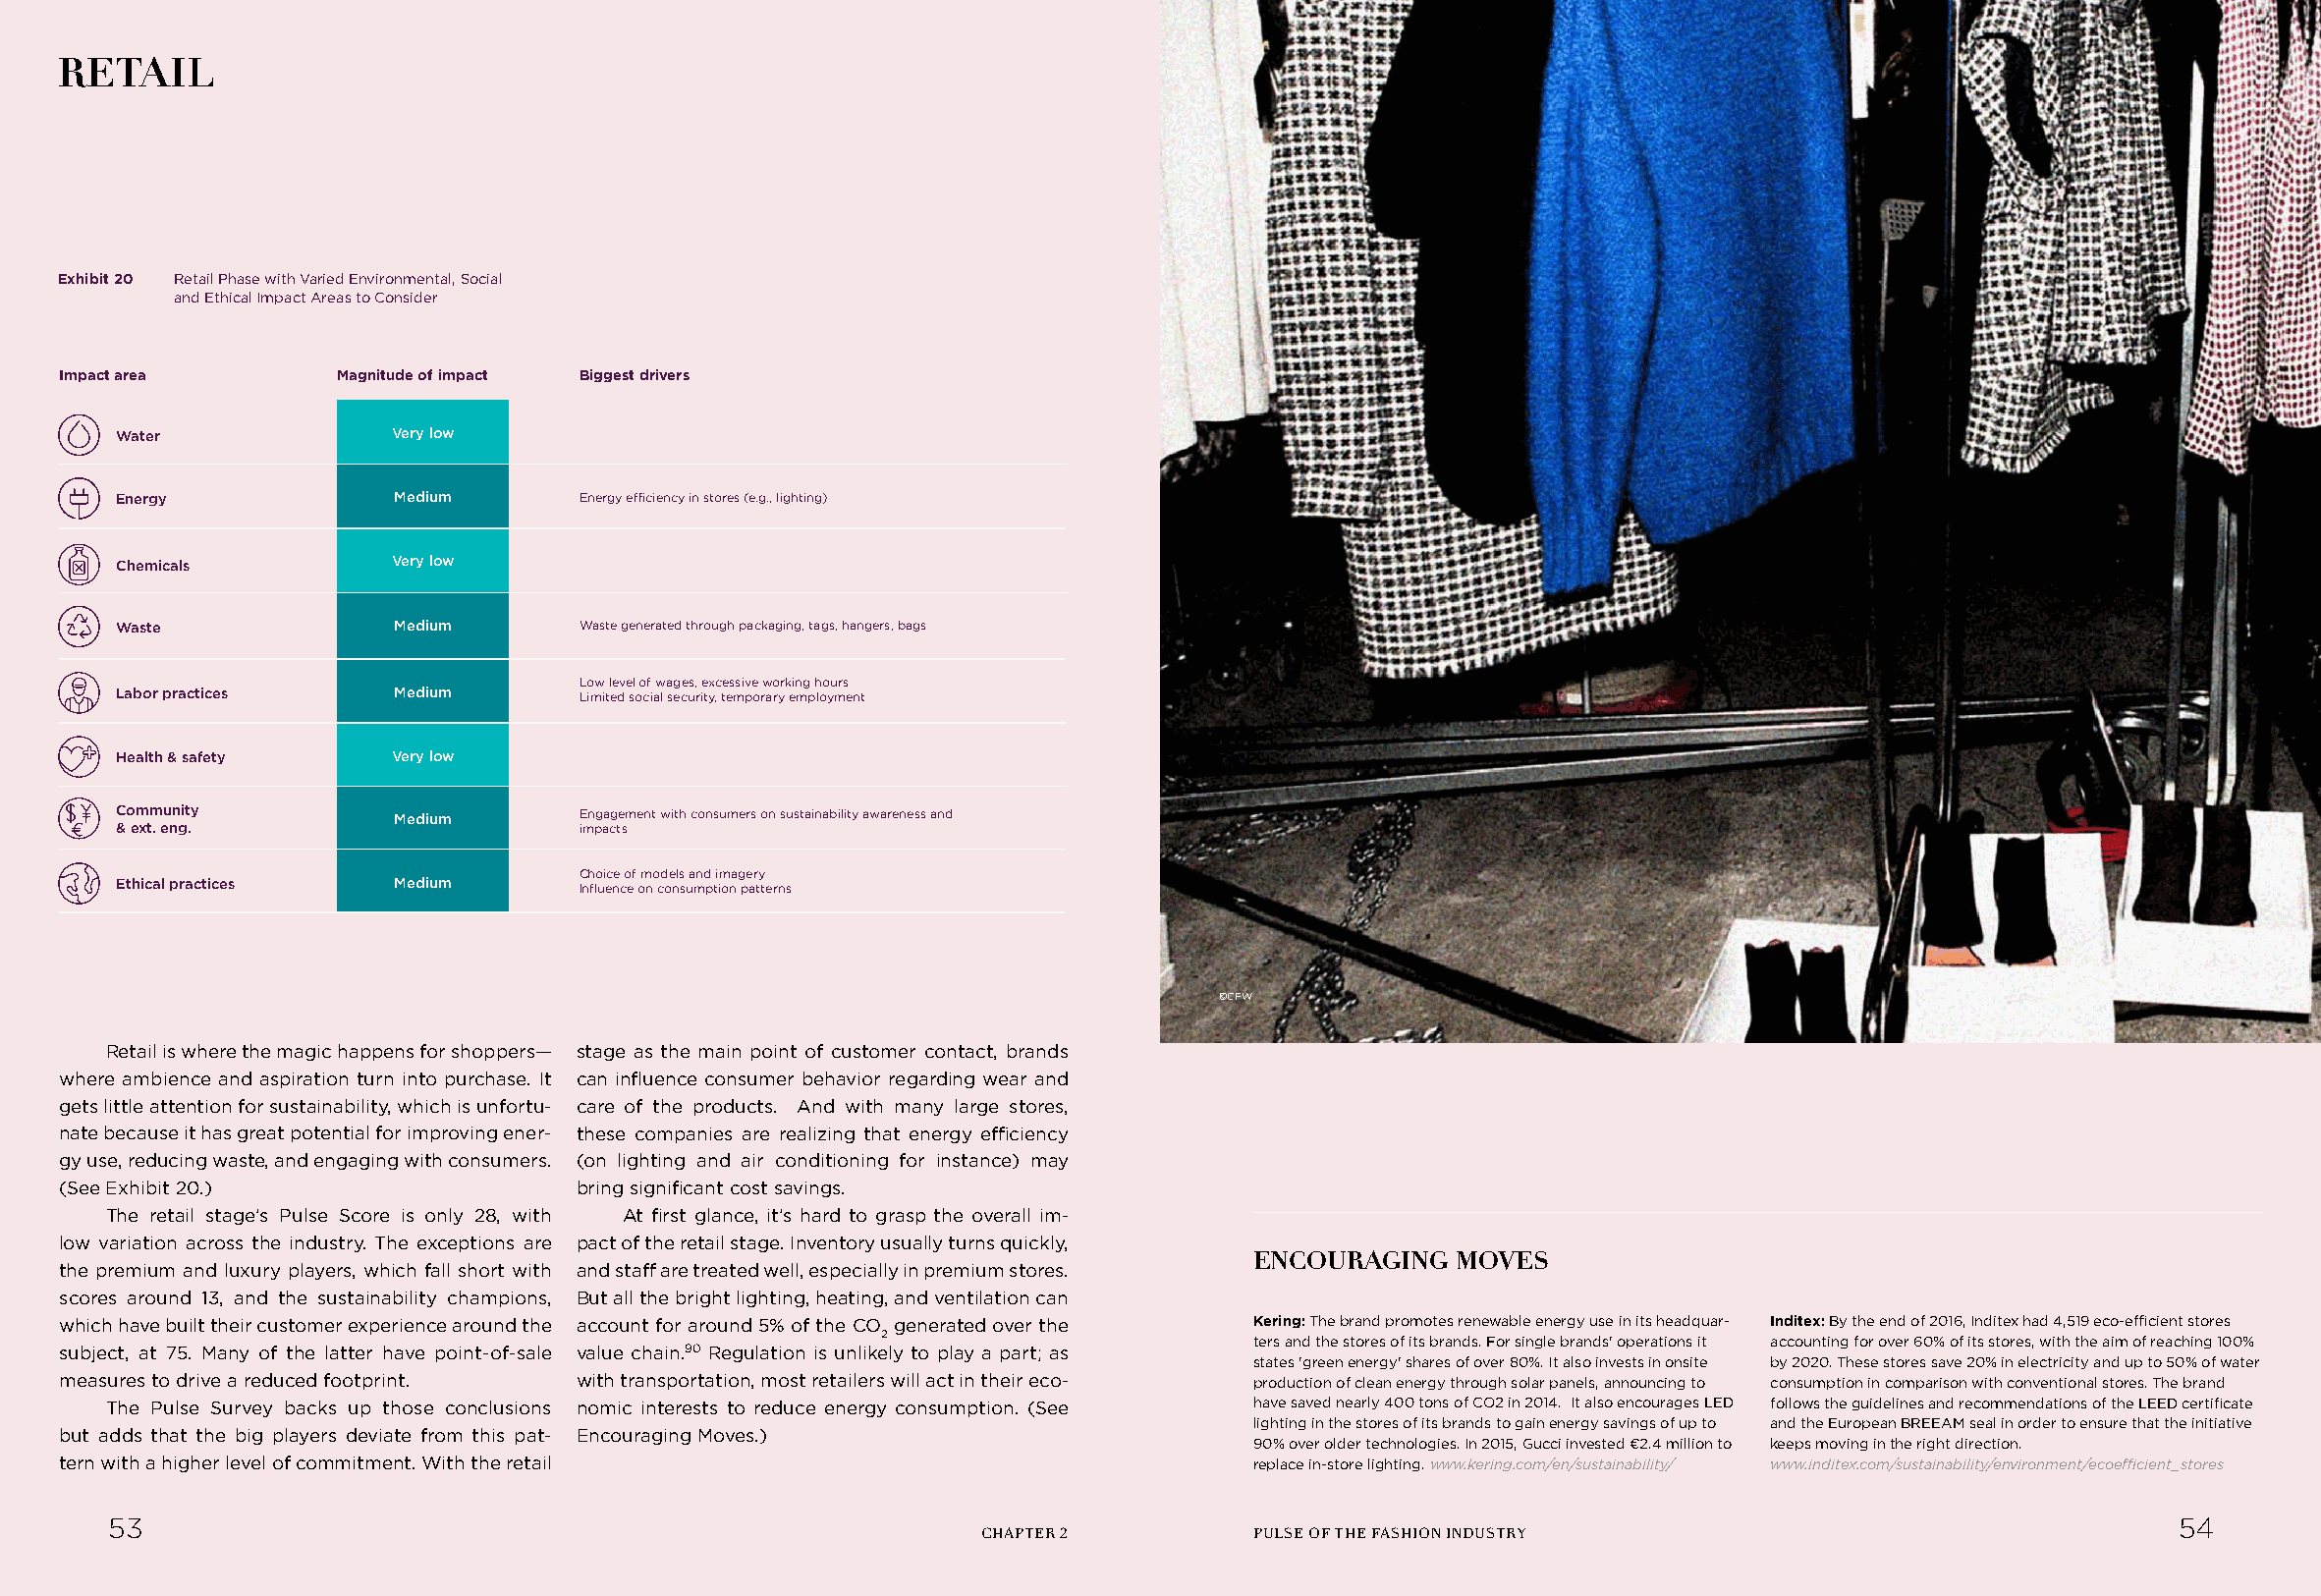
RETAIL
 Exhibit 20 Retail Phase with Varied Environmental, Social
 and Ethical Impact Areas to Consider
 Impact area        Magnitude of impact Biggest drivers
 Water             Very low
 Energy             Medium      Energy efficiency in stores (e.g., lighting)
 Chemicals         Very low
 Waste              Medium      Waste generated through packaging, tags, hangers, bags
 Low level of wages, excessive working hours
 Labor practices    Medium      Limited social security, temporary employment
 Health & safety   Very low
 Community          Medium      Engagement with consumers on sustainability awareness and
 & ext. eng.                    impacts
 Choice of models and imagery
 Ethical practices  Medium      Influence on consumption patterns
 ©CFW
 Retail is where the magic happens for shoppers— stage as the main point of customer contact, brands
 where ambience and aspiration turn into purchase. It can influence consumer behavior regarding wear and
 gets little attention for sustainability, which is unfortu- care of the products. And with many large stores,
 nate because it has great potential for improving ener- these companies are realizing that energy efficiency
 gy use, reducing waste, and engaging with consumers. (on lighting and air conditioning for instance) may
 (See Exhibit 20.)                  bring significant cost savings.
 The retail stage’s Pulse Score is only 28, with At first glance, it’s hard to grasp the overall im-
 low variation across the industry. The exceptions are pact of the retail stage. Inventory usually turns quickly,
 ENCOURAGING   MOVES
 the premium and luxury players, which fall short with and staff are treated well, especially in premium stores.
 scores around 13, and the sustainability champions, But all the bright lighting, heating, and ventilation can
 which have built their customer experience around the account for around 5% of the CO generated over the Kering: The brand promotes renewable energy use in its headquar- Inditex: By the end of 2016, Inditex had 4,519 eco-efficient stores
 2                        ters and the stores of its brands. For single brands' operations it accounting for over 60% of its stores, with the aim of reaching 100%
 subject, at 75. Many of the latter have point-of-sale value chain.90 Regulation is unlikely to play a part; as
 states 'green energy' shares of over 80%. It also invests in onsite by 2020. These stores save 20% in electricity and up to 50% of water
 measures to drive a reduced footprint. with transportation, most retailers will act in their eco- production of clean energy through solar panels, announcing to consumption in comparison with conventional stores. The brand
 The Pulse Survey backs up those conclusions nomic interests to reduce energy consumption. (See have saved nearly 400 tons of CO2 in 2014. It also encourages LED follows the guidelines and recommendations of the LEED certificate
 lighting in the stores of its brands to gain energy savings of up to and the European BREEAM seal in order to ensure that the initiative
 but adds that the big players deviate from this pat- Encouraging Moves.)
 90% over older technologies. In 2015, Gucci invested €2.4 million to keeps moving in the right direction.
 tern with a higher level of commitment. With the retail                         replace in-store lighting. www.kering.com/en/sustainability/ www.inditex.com/sustainability/environment/ecoefficient_stores
 53                                                                                                                                          54
 CHAPTER 2         PULSE OF THE FASHION INDUSTRY